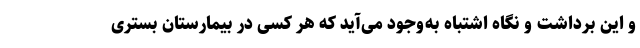
و این برداشت و نگاه اشتباه به‌وجود می‌آید که هر کسی در بیمارستان بستری